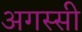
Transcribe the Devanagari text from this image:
अगस्सी